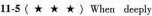
1-5(★ ★ ★ ) When deeply